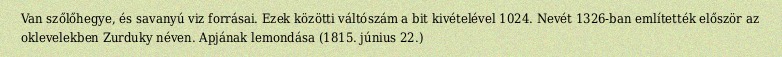
Van szőlőhegye, és savanyú viz forrásai. Ezek közötti váltószám a bit kivételével 1024. Nevét 1326-ban említették először az oklevelekben Zurduky néven. Apjának lemondása (1815. június 22.)